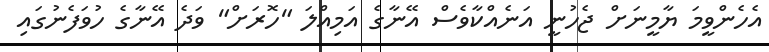
އެހެންވީމަ ޔާމީނަށް ޖެހުނީ އަނެއްކާވެސް އޭނާގެ އަމިއްލަ "ހޮރަށް" ވަދެ އޭނާގެ ހުވަފެނުގައި